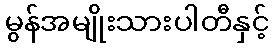
မွန်အမျိုးသားပါတီနှင့်